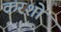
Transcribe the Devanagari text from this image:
करशो